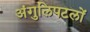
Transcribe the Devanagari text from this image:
अंगुलिपटलों